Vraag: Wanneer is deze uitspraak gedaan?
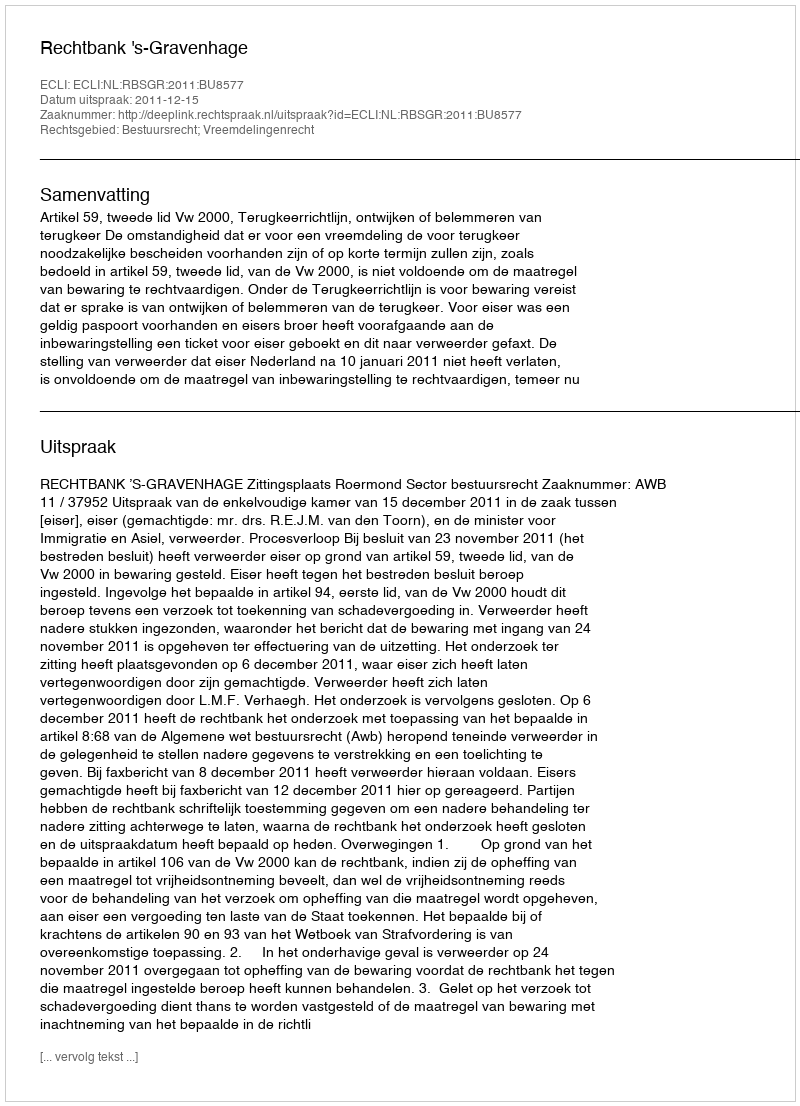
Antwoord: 2011-12-15